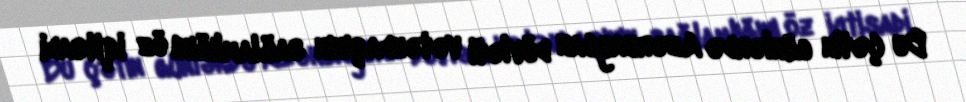
Bu çətin günlərdə Azərbaycan dövləti vətəndaşının sağlamlığını öz iqtisadi